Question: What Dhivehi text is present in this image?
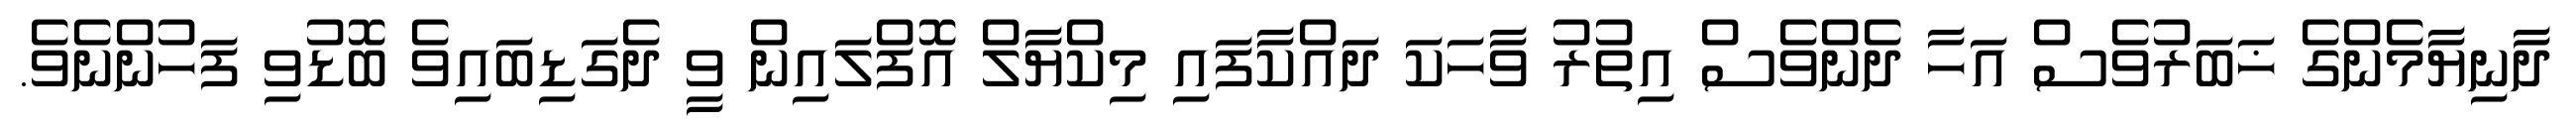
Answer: ދާނިޔާމެންގެ ޚަބަރުވެސް އަހާ ދެންވެސް އިތުރު ވާހަކަ ދައްކާފައި މިކްޔާލް އޮފްލައިން ވީ ދެގަޑިބައިވެ ބޮޑުވި ފަހުންނެވެ.